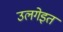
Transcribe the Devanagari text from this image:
उलगेइत